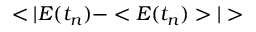
< | E ( t _ { n } ) - < E ( t _ { n } ) > | >